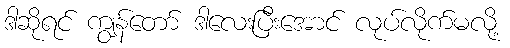
ဒါဆိုရင် ကျွန်တော် ဒါလေးပြီးအောင် လုပ်လိုက်မလို့